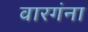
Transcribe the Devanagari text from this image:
वारगंना